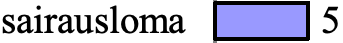
sairausloma 5